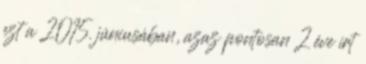
ezt a 2015. júniusában, azaz pontosan 2 éve írt